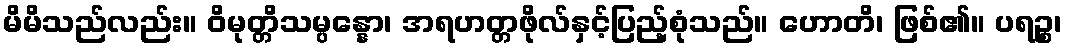
မိမိသည်လည်း။ ဝိမုတ္တိသမ္ပန္နော၊ အရဟတ္တဖိုလ်နှင့်ပြည့်စုံသည်။ ဟောတိ၊ ဖြစ်၏။ ပရဉ္စ၊